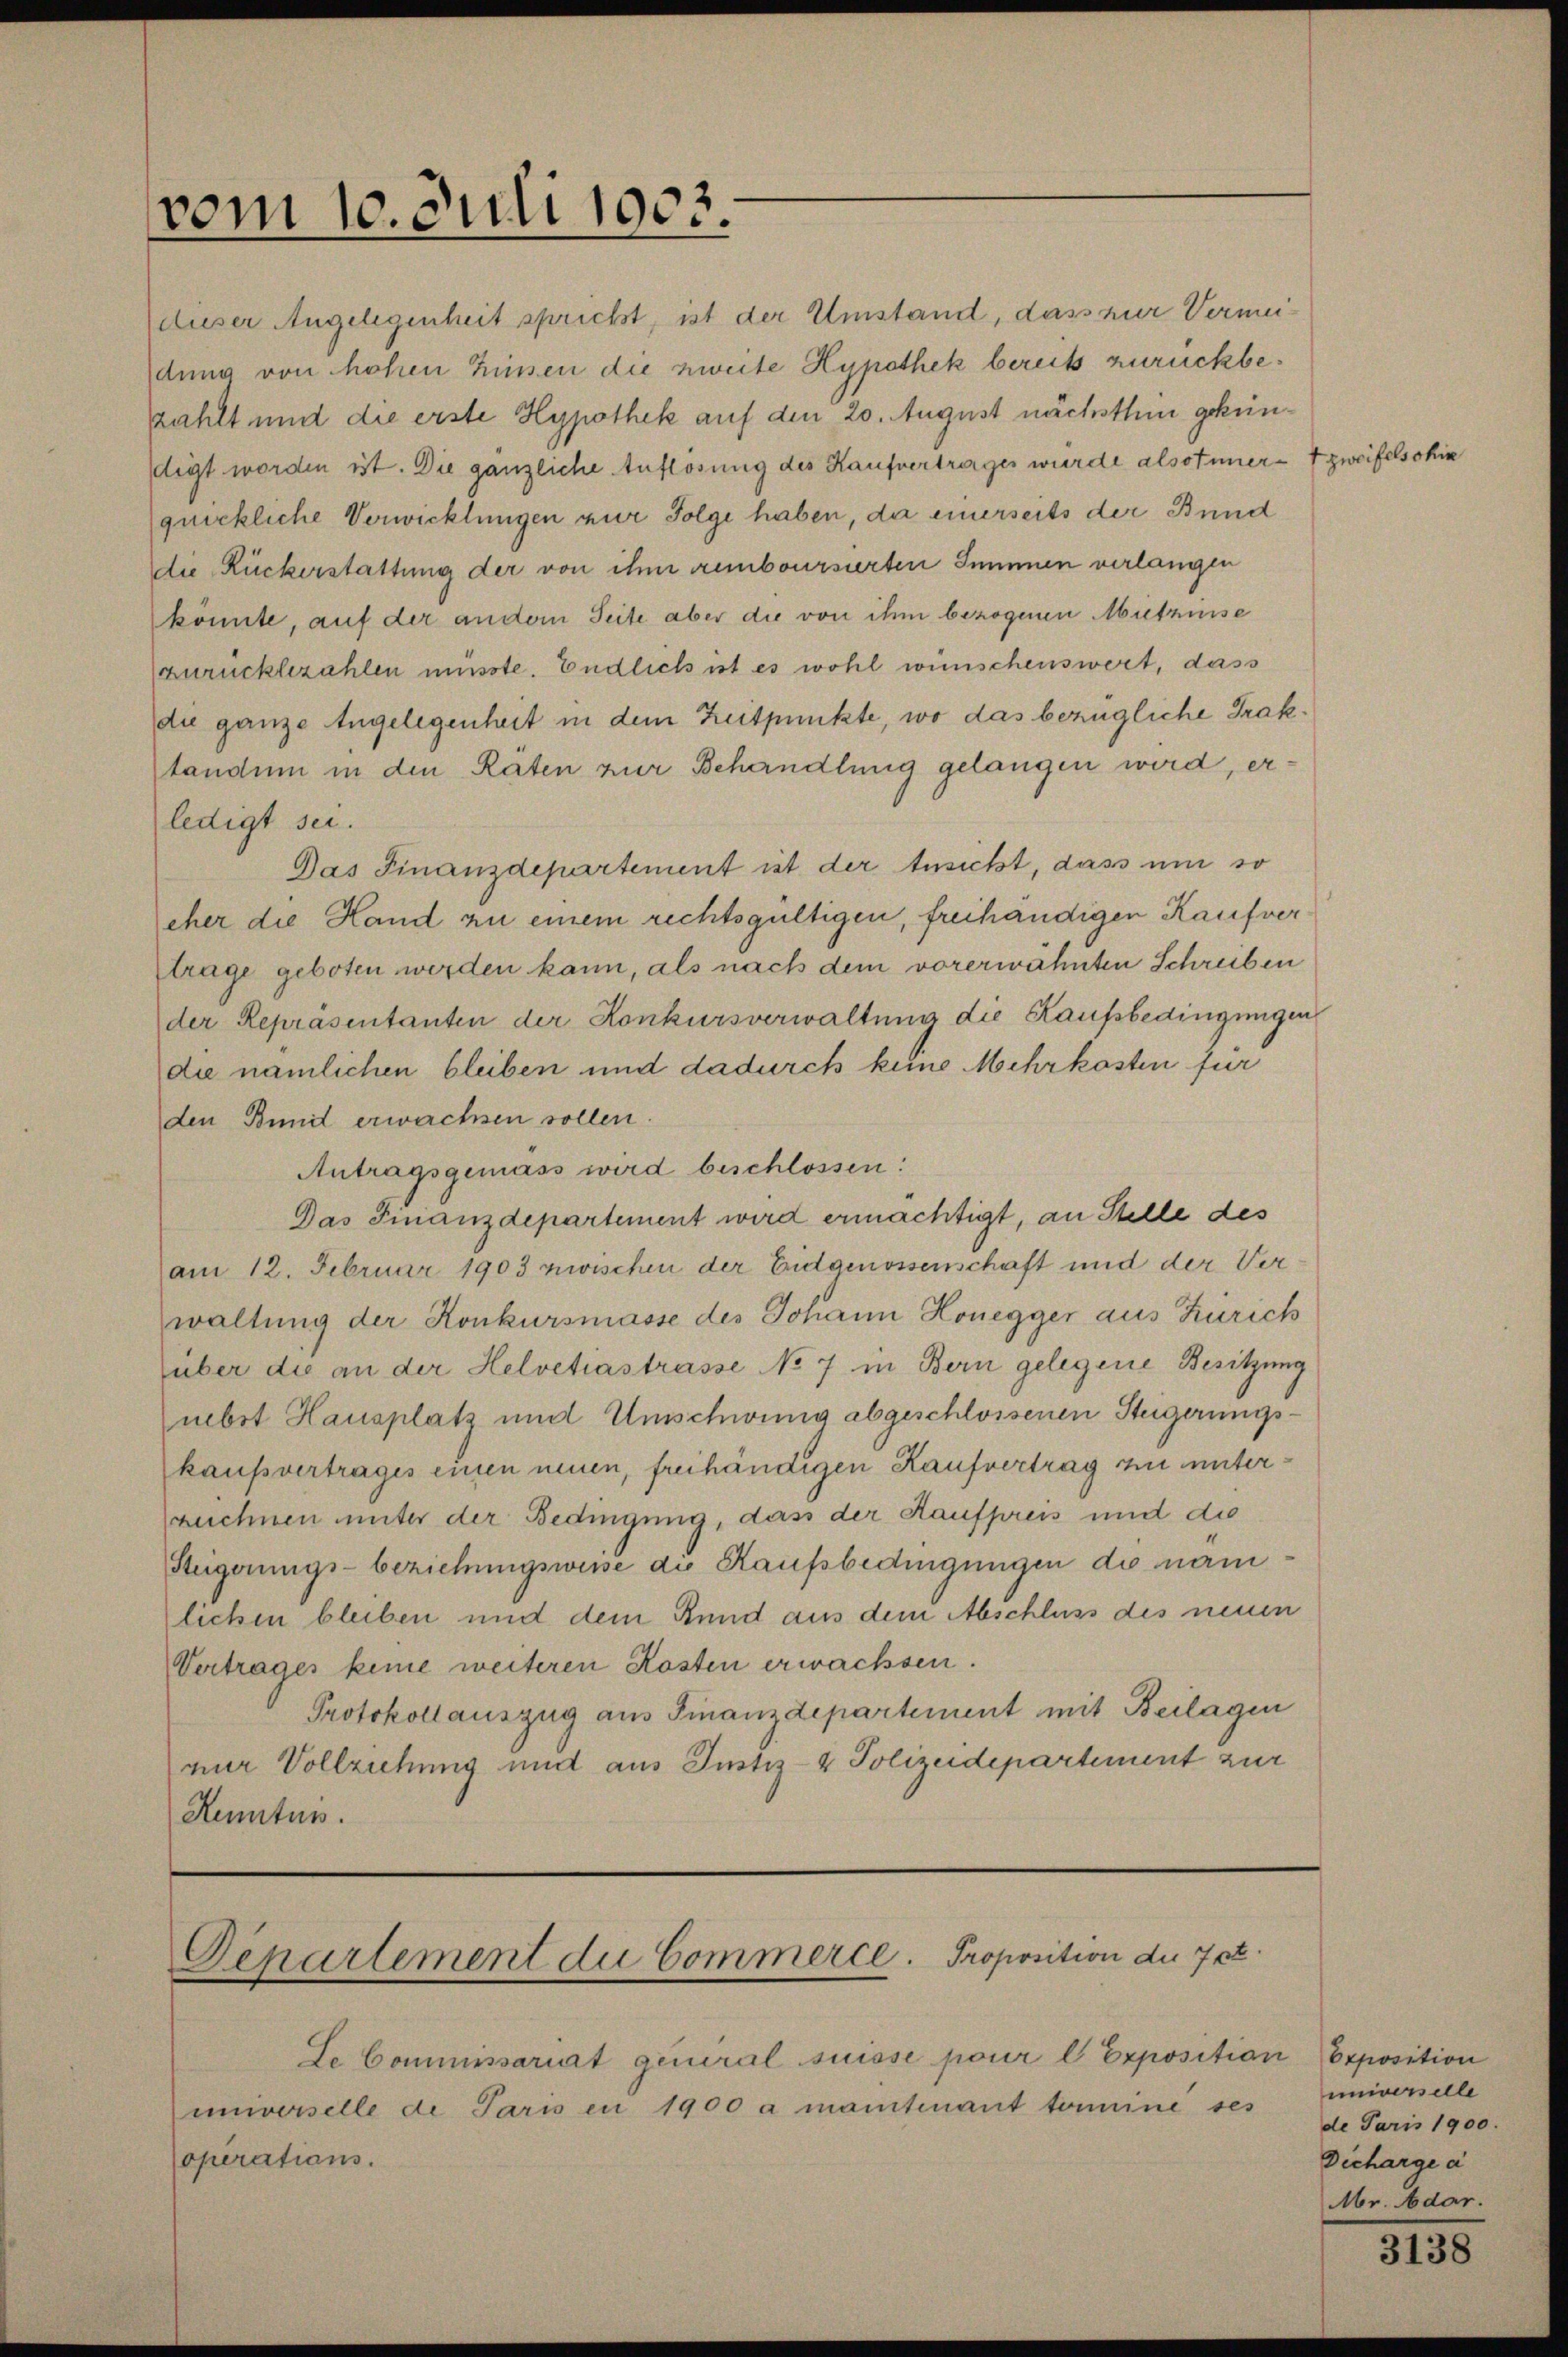
vom 10. Juli 1903.

dieser Angelegenheit sprichst, ist der Umstand, dass zur Vermeidung von hohen Zinsen die zweite Hypothek bereits zurückbezahlt und die erste Hypothek auf den 20. August nächsthin gekündigt worden ist. Die gänzliche Auflösung des Kaufvertrages wurde alsotnnert zweifelsohin
quickliche Verwicklungen zur Folge haben, da einerseits der Bund
die Ruckerstattung der von ihm remboursierten Summen verlangen
könnte, auf der andern Seite aber die von ihm bezogenen Mitzinse
zurückbezahlen müsste. Endlich ist es wohl wünschenswert, dass
die ganze Angelegenheit in dem Zeitpunkte, wo das bezügliche Traktandum in den Raten zur Behandlung gelangen wird, erledigt sei.
Das Finanzdepartement ist der Ansicht, dass um so
eher die Hand zu einem rechtsgültigen, freihändigen Kaufver¬
Etrage geboten werden kann, als nach dem vorerwähnten Schreiben
der Repräsentanten der Konkursverwaltung die Kaufsbedingungen
die nämlichen bleiben und dadurch kune Mehrkosten für
den Bund erwachsen sollen.
Antragsgemäss wird beschlossen:
Das Finanzdepartement wird ermächtigt, an Stelle des
am 12. Februar 1903 zwischen der Eidgenossenschaft und der Ver
waltung der Konkursmasse des Johann Honegger aus Zürich
über die an der Helvetiastrasse No 7 in Bern gelegene Besitzung
nebst Hausplatz und Umschwenig abgeschlossenen Steigerungskaufvertrages einen neuen, freihändigen Kaufvertrag zu unterzechnen unter der Bedingung, dass der Kaufpreis und die
Steigerungs- beziehungsweise die Kaufsbedingungen die namlichen bleiben und dem Rund aus dem Abschluss des neuen
Vertrages keine weiteren Kosten erwachsen.
Protokollauszug aus Finanzdepartement mit Beilagen
nur Vollziehung und aus Justiz- & Polizeidepartement zur
Kenntus.

Departement die Commerce. Proposition der 7 ct.

Se Commissariat general suisse pour l. Expositian Opposition
universelle de Paris en 1900 a mantenant termine ses
Coperations.

universelle
de Paris 1900.
Dicharge a
Mr. Adar.

3138